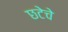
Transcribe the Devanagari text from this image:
छटेचे